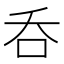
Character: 呑